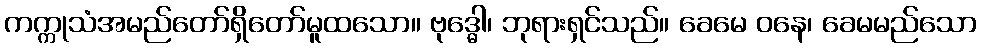
ကက္ကုသံအမည်တော်ရှိတော်မူထသော။ ဗုဒ္ဓေါ၊ ဘုရားရှင်သည်။ ခေမေ ဝနေ၊ ခေမမည်သော